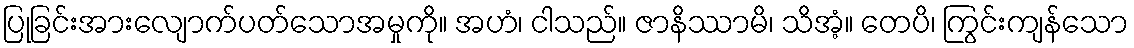
ပြုခြင်းအားလျောက်ပတ်သောအမှုကို။ အဟံ၊ ငါသည်။ ဇာနိဿာမိ၊ သိအံ့။ တေပိ၊ ကြွင်းကျန်သော